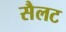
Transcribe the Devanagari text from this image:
सैलट